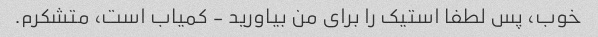
خوب، پس لطفا استیک را برای من بیاورید - کمیاب است، متشکرم.